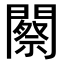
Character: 𨶫